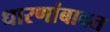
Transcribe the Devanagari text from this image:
धारणांबाबत